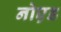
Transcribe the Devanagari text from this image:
नोएड